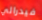
فيدرالي